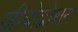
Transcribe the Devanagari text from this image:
जीवोद्बोधन